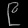
Digit: ၉